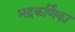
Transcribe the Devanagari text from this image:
भद्रकर्णिका